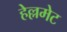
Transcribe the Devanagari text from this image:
हेल्लमेट